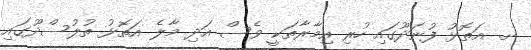
ށ. އަތޮޅު ފުނަދޫގައި ހުރި އިމާރާތަކީ ވެސް އަދި މާލެ އަތޮޅު ތުލުސްދޫގައި